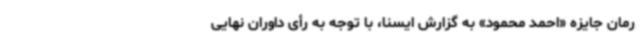
رمان جایزه «احمد محمود» به گزارش ایسنا، با توجه به رأی داوران نهایی